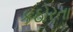
કઠોરતા